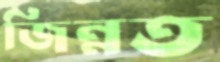
জিন্নত